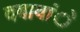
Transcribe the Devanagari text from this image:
दबावांे